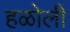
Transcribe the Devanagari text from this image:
हळोली